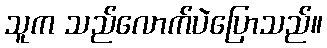
သူက သည်လောက်ပဲပြောသည်။